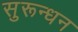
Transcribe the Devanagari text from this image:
सुरून्धन